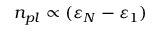
n _ { p l } \propto ( \varepsilon _ { N } - \varepsilon _ { 1 } )